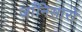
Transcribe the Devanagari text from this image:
जाँनिसारों